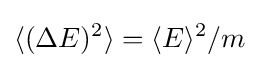
\langle (\Delta E)^{2}\rangle =\langle E\rangle ^{2}/m